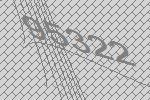
95322